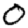
Digit: 0